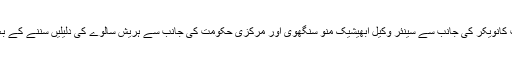
چیف جسٹس جے ایس کیہر کی صدارت والی بنچ نے درخواست گزار چندرکانت کانویکر کی جانب سے سینئر وکیل ابھیشیک منو سنگھوی اور مرکزی حکومت کی جانب سے ہریش سالوے کی دلیلیں سننے کے بعد کہا کہ وہ مسٹر پاریکر کی حلف برداری کی تقریب پر روک نہیں لگائے گی۔